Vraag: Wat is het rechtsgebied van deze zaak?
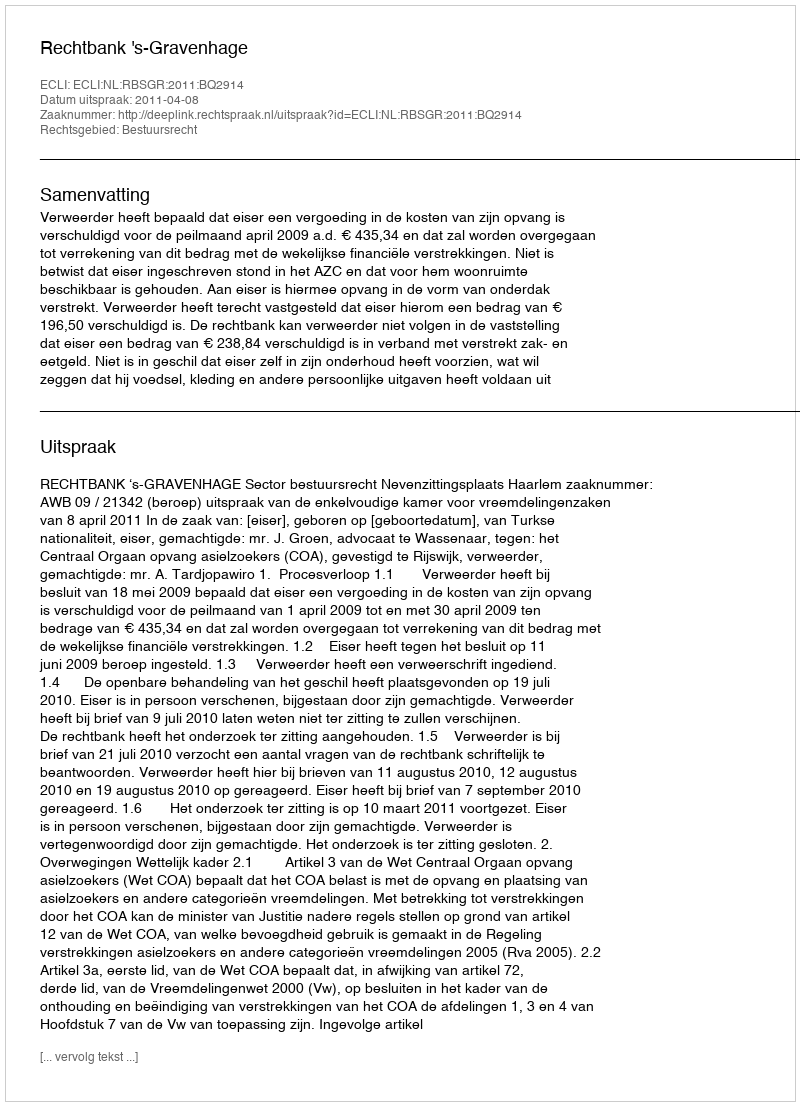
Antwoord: Bestuursrecht